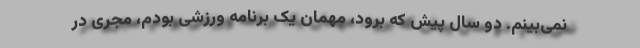
نمی‌بینم. دو سال پیش که برود، مهمان یک برنامه ورزشی بودم، مجری در